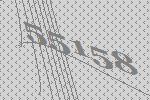
55158